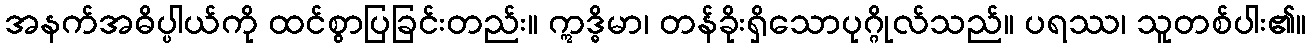
အနက်အဓိပ္ပါယ်ကို ထင်စွာပြခြင်းတည်း။ ဣဒ္ဓိမာ၊ တန်ခိုးရှိသောပုဂ္ဂိုလ်သည်။ ပရဿ၊ သူတစ်ပါး၏။